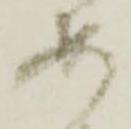
あ